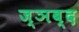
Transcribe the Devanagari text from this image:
ज्ञब्द